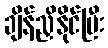
ချိန်ညှိနိုင်ပြီး